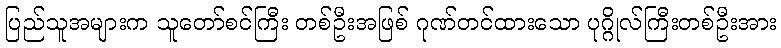
ပြည်သူအများက သူတော်စင်ကြီး တစ်ဦးအဖြစ် ဂုဏ်တင်ထားသော ပုဂ္ဂိုလ်ကြီးတစ်ဦးအား